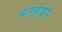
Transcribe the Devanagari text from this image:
फनबोर्ड्स